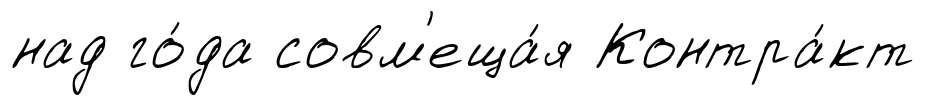
над го́да совм'еща́я Контра́кт